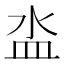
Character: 泴